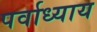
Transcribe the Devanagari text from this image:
पर्वाध्याय